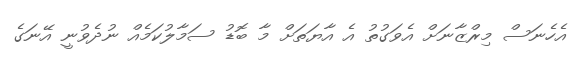
އެހެނަސް މިރްޒާނަށް އެވަގުތު އެ އާޔަތަށް މާ ބޮޑު ސަމާލުކަމެއް ނުދެވުނީ އޭނަގެ